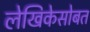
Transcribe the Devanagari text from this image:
लेखिकेसोबत